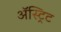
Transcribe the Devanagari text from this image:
अॅस्ट्रिट